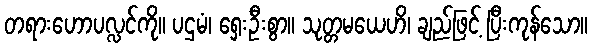
တရားဟောပလ္လင်ကို။ ပဌမံ၊ ရှေးဦးစွာ။ သုတ္တမယေဟိ၊ ချည်ဖြင့် ပြီးကုန်သော။